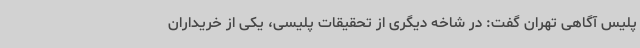
پلیس آگاهی تهران گفت: در شاخه دیگری از تحقیقات پلیسی، یکی از خریداران